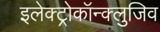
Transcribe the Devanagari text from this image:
इलेक्ट्रोकॉन्क्लुजिव